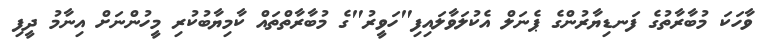
ވާހަކަ މުބާރާތުގެ ފަނޑިޔާރުންގެ ޕެނަލް އެކުލަވާލައިފި"ހަވީރު"ގެ މުބާރާތްތައް ކާމިޔާބުކުރި މީހުންނަށް އިނާމު ދީފި